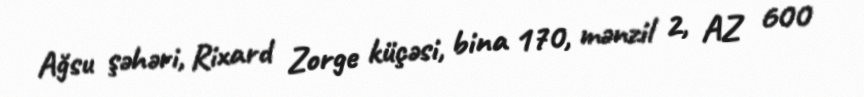
Ağsu şəhəri, Rixard Zorge küçəsi, bina 170, mənzil 2, AZ 600